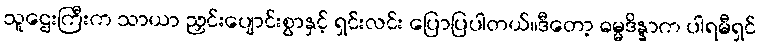
သူဌေးကြီးက သာယာ ညှင်းပျောင်းစွာနှင့် ရှင်းလင်း ပြောပြပါတယ်။ဒီတော့ ဓမ္မဒိန္နာက ပါရမီရှင်